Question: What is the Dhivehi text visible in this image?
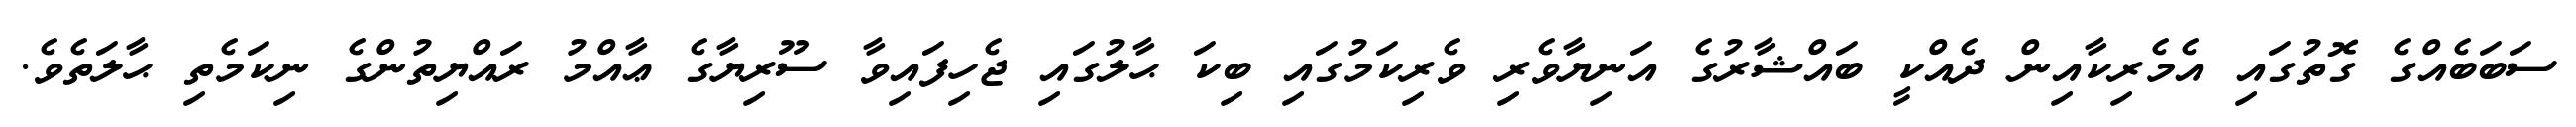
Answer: ސަބަބެއްގެ ގޮތުގައި އެމެރިކާއިން ދެއްކީ ބައްޝާރުގެ އަނިޔާވެރި ވެރިކަމުގައި ބިކަ ޙާލުގައި ޖެހިފައިވާ ސޫރިޔާގެ ޢާއްމު ރައްޔިތުންގެ ނިކަމެތި ޙާލަތެވެ.